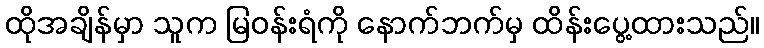
ထိုအချိန်မှာ သူက မြဝန်းရံကို နောက်ဘက်မှ ထိန်းပွေ့ထားသည်။